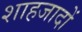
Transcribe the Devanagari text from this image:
शाहजादों